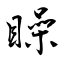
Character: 矂